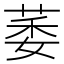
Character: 萎